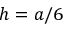
h = a / 6